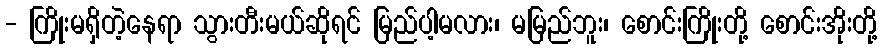
- ကြိုးမရှိတဲ့နေရာ သွားတီးမယ်ဆိုရင် မြည်ပါ့မလား၊ မမြည်ဘူး၊ စောင်းကြိုးတို့ စောင်းအိုးတို့